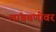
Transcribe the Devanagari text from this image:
लांबवणीवर